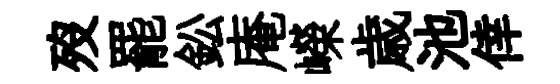
歿罷鈆庵嶸歳池倖